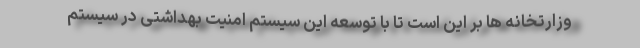
وزارتخانه ها بر این است تا با توسعه این سیستم امنیت بهداشتی در سیستم